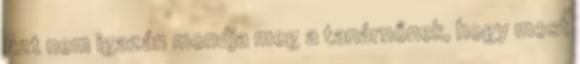
Azt nem igazán mondja meg a tanárnőnek, hogy most